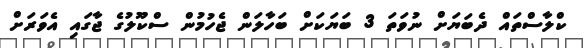
ކްލާސްތައް ދެބަޔަށް ނުވަތަ 3 ބަޔަކަށް ބަހާލަން ޖެހުމުން ސްކޫލުގެ ޖާގައި އެވަރަށް